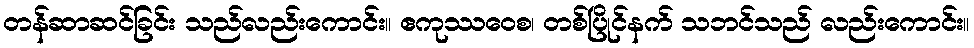
တန်ဆာဆင်ခြင်း သည်လည်းကောင်း။ ဧကုဿဝေစ၊ တစ်ပြိုင်နက် သဘင်သည် လည်းကောင်း။